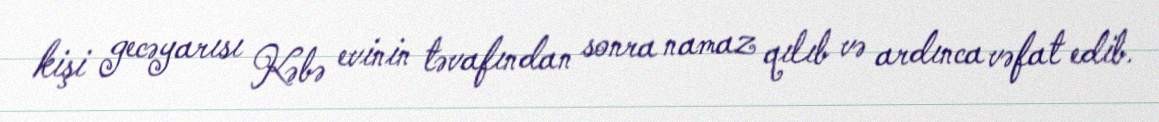
kişi gecəyarısı Kəbə evinin təvafından sonra namaz qılıb və ardınca vəfat edib.